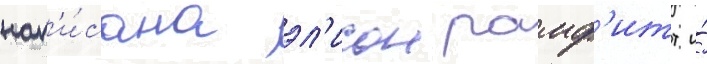
нап'и́сана эл'исон рамф'итт и́